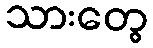
သားတွေ